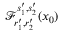
\mathcal { F } _ { r _ { 1 } ^ { \prime } , r _ { 2 } ^ { \prime } } ^ { s _ { 1 } ^ { \prime } , s _ { 2 } ^ { \prime } } ( x _ { 0 } )